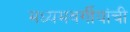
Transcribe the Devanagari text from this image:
मध्यमवर्गीयांची